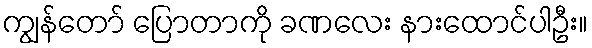
ကျွန်တော် ပြောတာကို ခဏလေး နားထောင်ပါဦး။